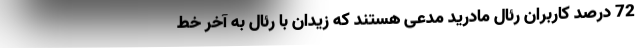
72 درصد کاربران رئال مادرید مدعی هستند که زیدان با رئال به آخر خط